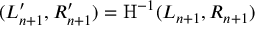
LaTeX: ( L _ { n + 1 } ^ { \prime } , R _ { n + 1 } ^ { \prime } ) = \mathrm { H } ^ { - 1 } ( L _ { n + 1 } , R _ { n + 1 } )